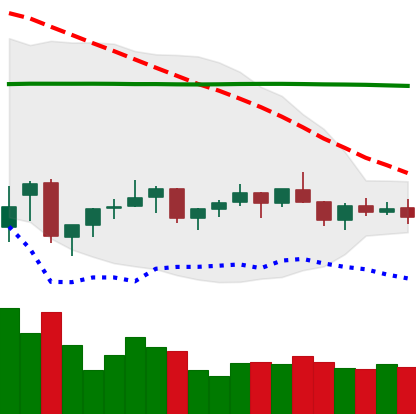
Ticker: XMR-USD
Chart end date: 2021-07-12
Forward return: -4.449%
Label: down_3_5